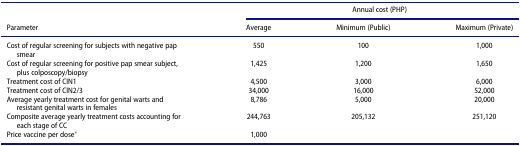
|  | <COLSPAN=3> Annual cost (PHP) |
 | Parameter | Average | Minimum (Public) | Maximum (Private) |
 | --- | --- | --- | --- |
 | Cost of regular screening for subjects with negative pap smear | 550 | 100 | 1,000 |
 | Cost of regular screening for positive pap smear subject, plus colposcopy/biopsy | 1,425 | 1,200 | 1,650 |
 | Treatment cost of CIN1 | 4,500 | 3,000 | 6,000 |
 | Treatment cost of CIN2/3 | 34,000 | 16,000 | 52,000 |
 | Average yearly treatment cost for genital warts and resistant genital warts in females | 8,786 | 5,000 | 20,000 |
 | Composite average yearly treatment costs accounting for each stage of CC | 244,763 | 205,132 | 251,120 |
 | Price vaccine per dose* | 1,000 |  |  |